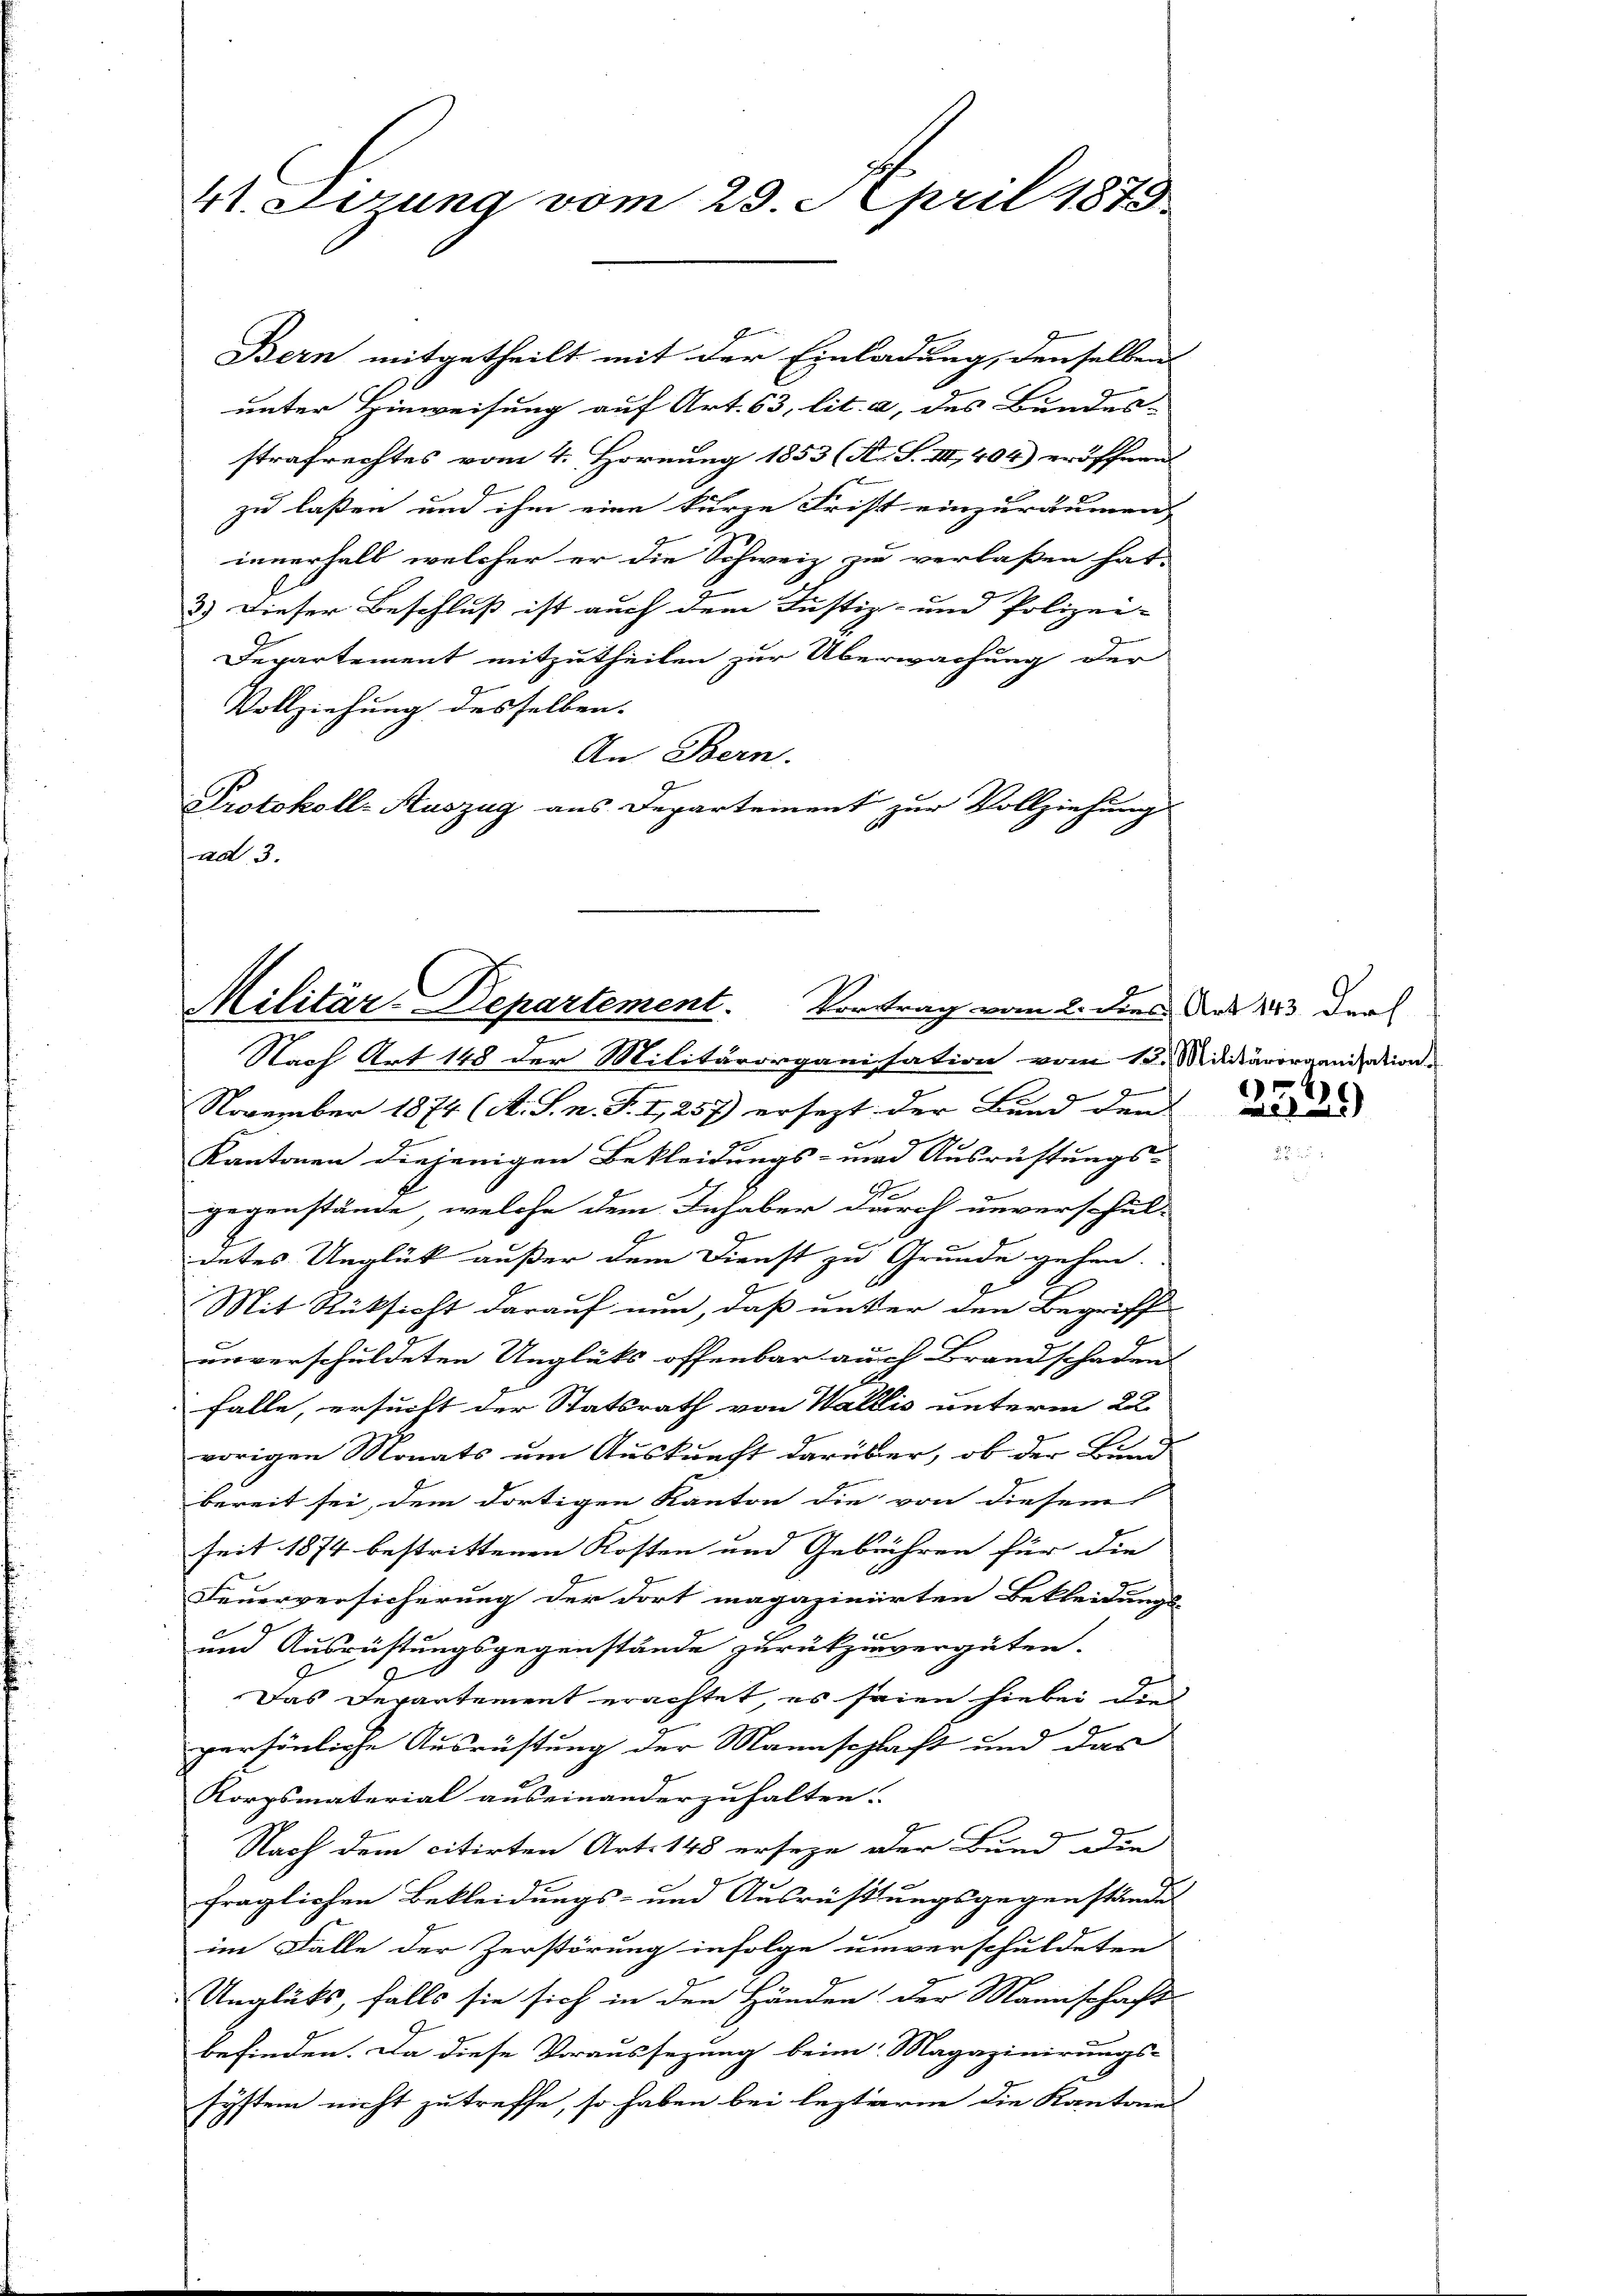
41. Ferung vom 23. April 1873.

Bern mitgetheilt mit der Einladung, denselben
unter Hinweisung auf Art. 63, lit. a, des Bundes-
strafrechtes vom 4. Hornung 1853 (N. S. III, 404) eröffnen |
zu laßen und ihm eine kurze Frist einzuräumen,
innerhalb, welcher er die Schweiz zu verlaßen hat.
2
3.) Dieser Beschluß ist auch dem Justiz- und Polizei- |
Departement mitzutheilen zur Überwachung der
Vollziehung desselben.
An Bern.
Protokoll-Auszug aus Departement zur Vollziehung
ad 3.

Militär-Departement. Vortrag vom 2. dies des 183 ders

Nach Art 148 der Militärorganisation vom 15. Militärorganisation
November 1874 (A. S. n. F. I, 257) ersezt der Bund den
Kantonen diejenigen Bekleidungs- und Ausrüstungs-
gegenstände, welche dem Inhaber durch unverschul-
detes Unglück außer dem Dienst zu Grunde gehen.
9
Mit Rücksicht darauf nun, daß unter den Begriff
unverschuldeten Unglüks offenbar auch Brandschadens
falle, ersucht der Statsrath von Wallis unterm 22.
vorigen Monats um Auskunft darüber, ob der Bund
bereit sei, dem dortigen Kanton die von diesem
seit 1874 bestrittenen Kosten und Gebühren für die
Feuerversicherung der dort magazinirten Bekleidungs-
und Ausrüstungsgegenstände zurückzuvergüten.
Das Departement erachtet, es seien hiebei die
persönliche Ausrüstung der Mannschlaft und das
Korpsmaterial auseinanderzuhalten.
9
Nach dem citirten Art. 148 erseze der Bund die
fraglichen Bekleidungs- und Ausrüstungsgegenständis
im Falle der Zerstörung infolge unverschuldeten
Unglüks, falls sie sich in den Händen der Mannschaft
befinden. Da diese Voraussezung beim Magazinirungs-
system nicht zu treffe, so haben bei lezteren die Kantone

4)

)
 2)